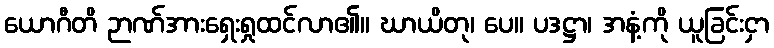
ယောဂီတိ ဉာဏ်အားရှေးရှုထင်လာ၏။ ဃာယိတု၊ ပေ။ ပဒဋ္ဌာ၊ အနံ့ကို ယူခြင်းငှာ